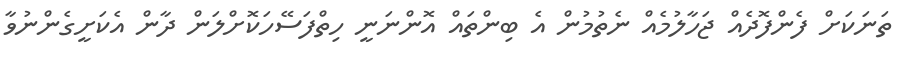
ތަނަކަށް ފެންފޮދެއް ޖަހާލުމެއް ނެތުމުން އެ ބިންތައް އޮންނަނީ ހިތްފަސޭހަކޮށްލަން ދާން އެކަށީގެންނުވާ